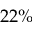
2 2 \%